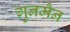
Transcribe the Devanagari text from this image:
गुनमैन